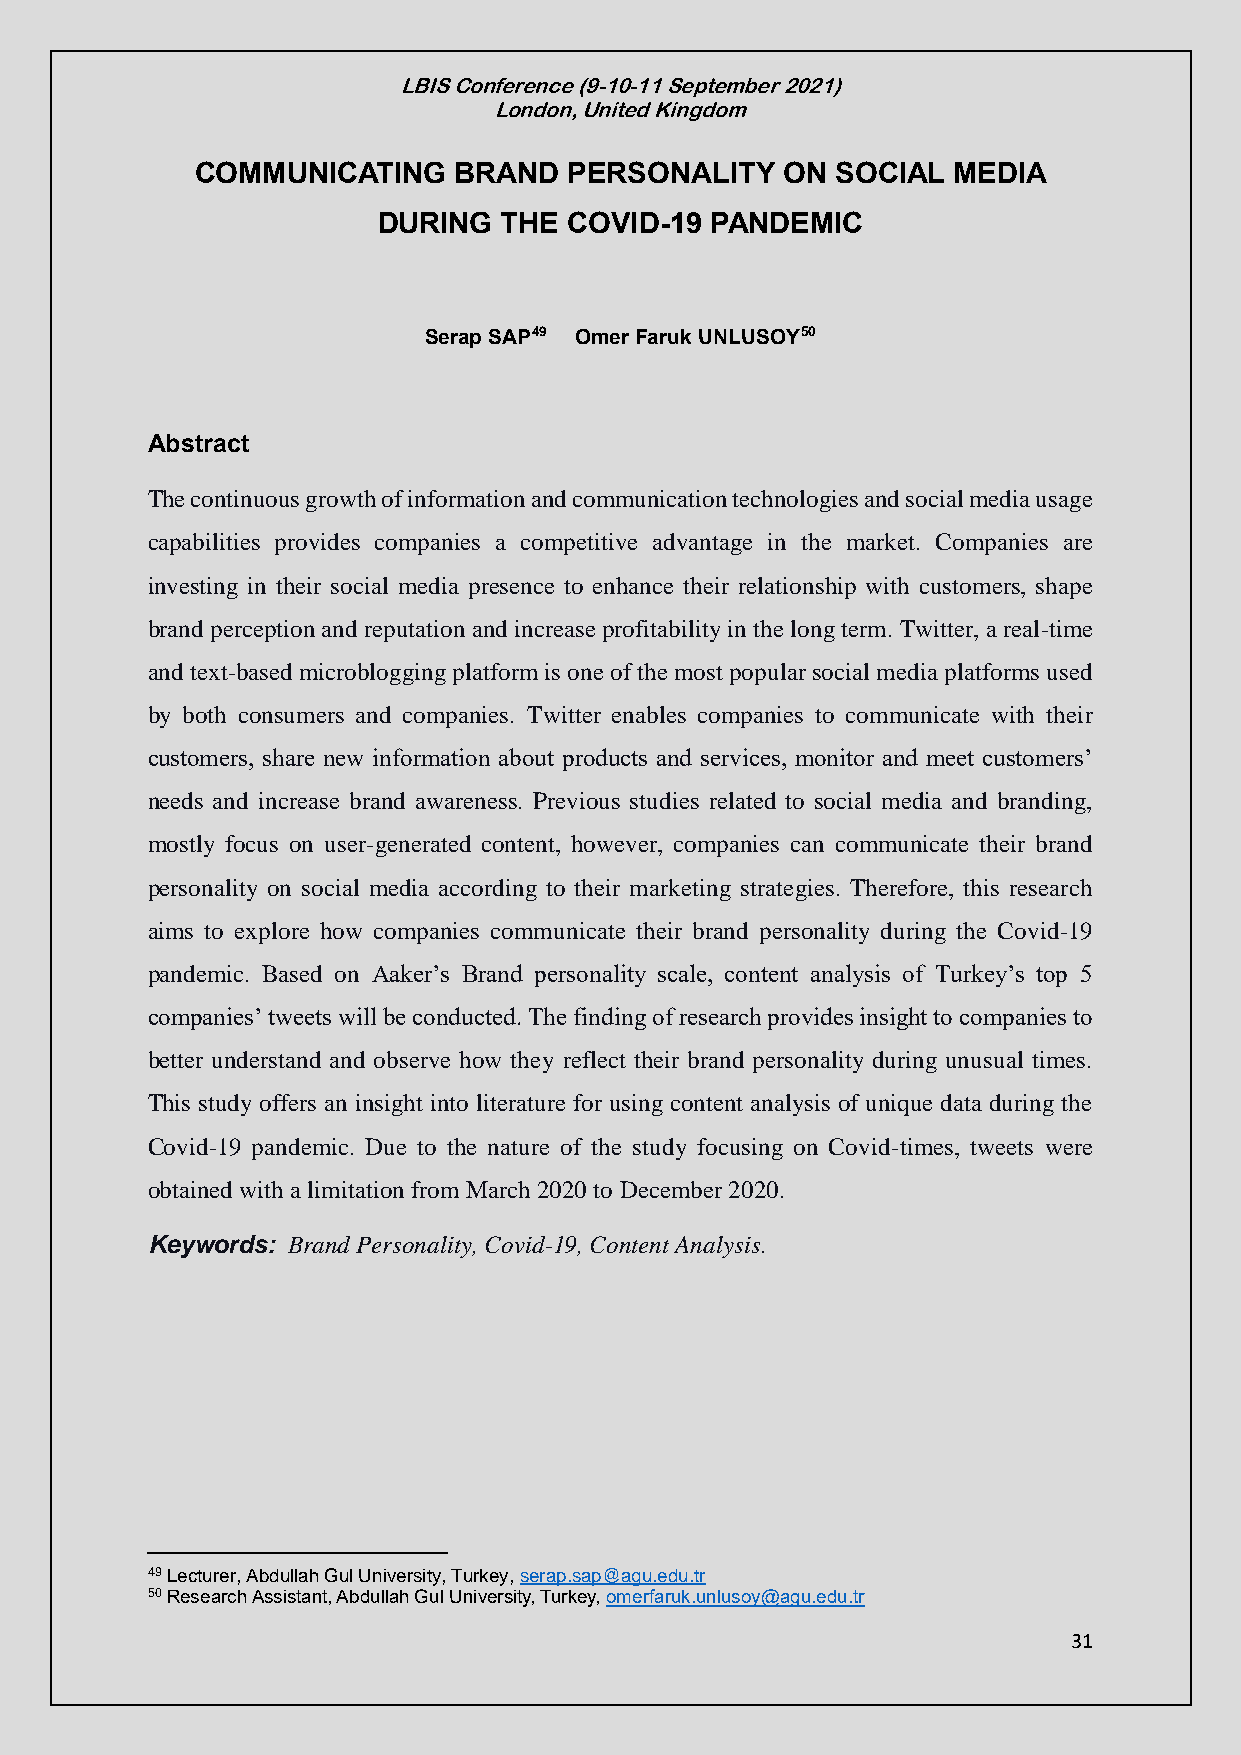
LBIS Conference (9-10-11 September 2021)
 London, United Kingdom
 COMMUNICATING    BRAND   PERSONALITY   ON SOCIAL  MEDIA
 DURING  THE  COVID-19 PANDEMIC
 Serap SAP49 Omer Faruk UNLUSOY50
 Abstract
 The continuous growth of information and communication technologies and social media usage
 capabilities provides companies a competitive advantage in the market. Companies are
 investing in their social media presence to enhance their relationship with customers, shape
 brand perception and reputation and increase profitability in the long term. Twitter, a real-time
 and text-based microblogging platform is one of the most popular social media platforms used
 by both consumers and companies. Twitter enables companies to communicate with their
 customers, share new information about products and services, monitor and meet customers’
 needs and increase brand awareness. Previous studies related to social media and branding,
 mostly focus on user-generated content, however, companies can communicate their brand
 personality on social media according to their marketing strategies. Therefore, this research
 aims to explore how companies communicate their brand personality during the Covid-19
 pandemic. Based on Aaker’s Brand personality scale, content analysis of Turkey’s top 5
 companies’ tweets will be conducted. The finding of research provides insight to companies to
 better understand and observe how they reflect their brand personality during unusual times.
 This study offers an insight into literature for using content analysis of unique data during the
 Covid-19 pandemic. Due to the nature of the study focusing on Covid-times, tweets were
 obtained with a limitation from March 2020 to December 2020.
 Keywords: Brand Personality, Covid-19, Content Analysis.
 49 Lecturer, Abdullah Gul University, Turkey, serap.sap@agu.edu.tr
 50 Research Assistant, Abdullah Gul University, Turkey, omerfaruk.unlusoy@agu.edu.tr
 31